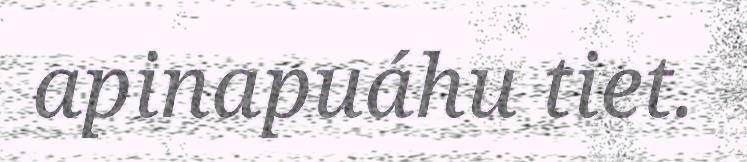
apinapuáhu tiet.